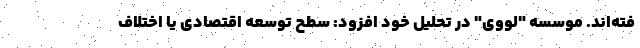
فته‌اند. موسسه "لووی" در تحلیل خود افزود: سطح توسعه اقتصادی یا اختلاف